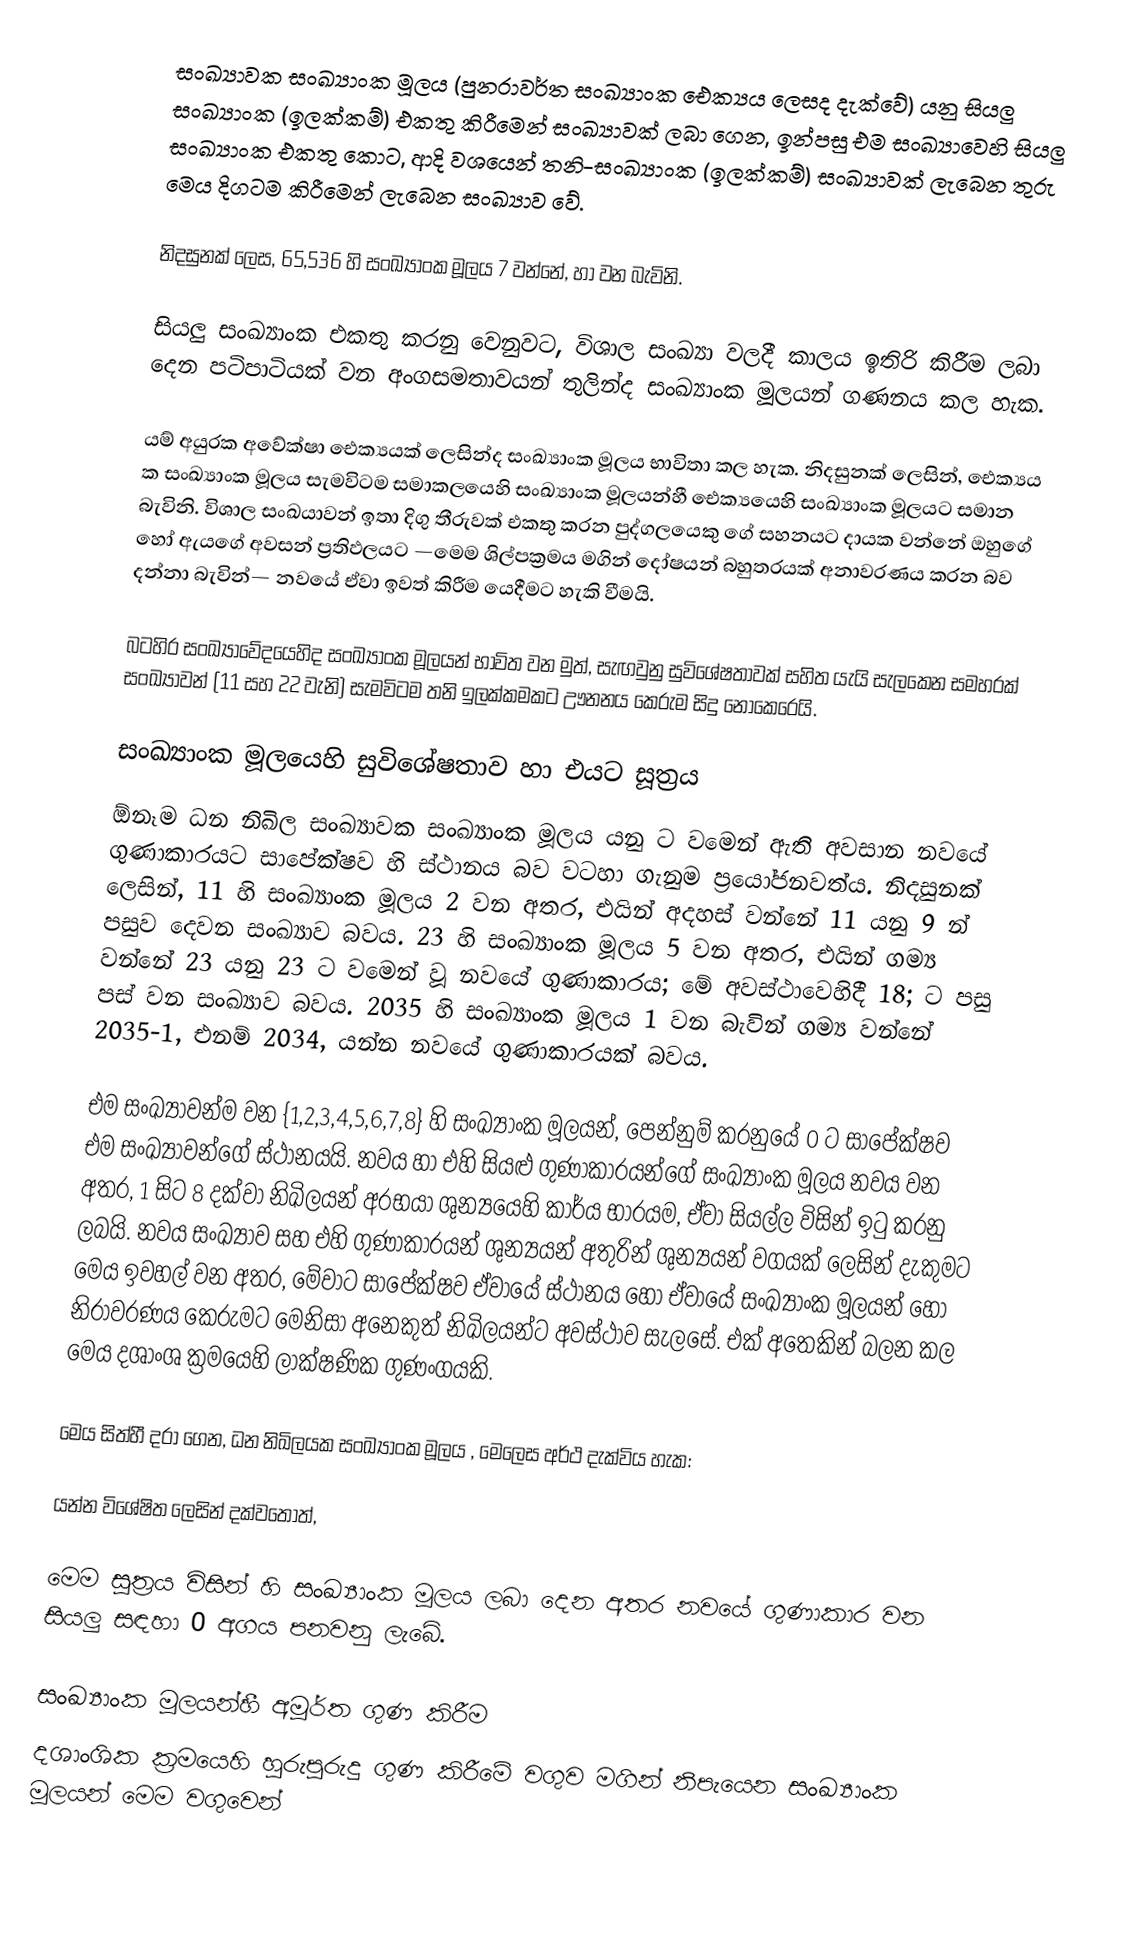
සංඛ්‍යාවක සංඛ්‍යාංක මූලය (පුනරාවර්ත සංඛ්‍යාංක ‍ඓක්‍යය ලෙසද දැක්වේ) යනු සියලු සංඛ්‍යාංක (ඉලක්කම්) එකතු කිරීමෙන් සංඛ්‍යාවක් ලබා ගෙන, ඉන්පසු එම සංඛ්‍යාවෙහි සියලු සංඛ්‍යාංක එකතු කොට, ආදි වශයෙන් තනි-සංඛ්‍යාංක (ඉලක්කම්) සංඛ්‍යාවක් ලැබෙන තුරු මෙය දිගටම කිරීමෙන් ලැබෙන සංඛ්‍යාව වේ.

නිදසුනක් ලෙස, 65,536 හි සංඛ්‍යාංක මූලය 7 වන්නේ,  හා වන බැවිනි.

සියලු සංඛ්‍යාංක එකතු කරනු වෙනුවට, විශාල සංඛ්‍යා වලදී කාලය ඉතිරි කිරීම ලබා දෙන පටිපාටියක් වන අංගසමතාවයන් තුලින්ද සංඛ්‍යාංක මූලයන් ගණනය කල හැක.

යම් අයුරක අවේක්ෂා ඓක්‍යයක් ලෙසින්ද සංඛ්‍යාංක මූලය භාවිතා කල හැක. නිදසුනක් ලෙසින්, ඓක්‍යය ක සංඛ්‍යාංක මූලය සැමවිටම සමාකලයෙහි සංඛ්‍යාංක මූලයන්හී ඓක්‍යයෙහි සංඛ්‍යාංක මූලයට සමාන බැවිනි. විශාල සංඛයාවන් ඉතා දිගු තීරුවක් එකතු කරන පුද්ගලයෙකු ගේ සහනයට දායක වන්නේ ඔහුගේ හෝ ඇයගේ අවසන් ප්‍රතිඵලයට —මෙම ශිල්පක්‍රමය මගින් දෝෂයන් බහුතරයක් අනාවරණය කරන බව දන්නා බැවින්— නවයේ ඒවා ඉවත් කිරීම යෙදීමට හැකි වීමයි.

බටහිර සංඛ්‍යාවේදයෙහිද සංඛ්‍යාංක මූලයන් භාවිත වන මුත්, සැඟවුනු සුවිශේෂතාවක් සහිත යැයි සැලකෙන සමහරක් සංඛ්‍යාවන් (11 සහ 22 වැනි) සැමවිටම තනි ඉලක්කමකට ඌනනය කෙරුම සිදු නොකෙරෙයි.

සංඛ්‍යාංක මූලයෙහි සුවිශේෂතාව හා එයට සූත්‍රය
ඕනෑම  ධන නිඛිල සංඛ්‍යාවක සංඛ්‍යාංක මූලය යනු  ට වමෙන් ඇති අවසාන නවයේ ගුණාකාරයට සාපේක්ෂව  හි ස්ථානය බව වටහා ගැනුම ප්‍රයෝජනවත්ය. නිදසුනක් ලෙසින්, 11 හි සංඛ්‍යාංක මූලය 2 වන අතර, එයින් අදහස් වන්නේ 11 යනු 9 න් පසුව දෙවන සංඛ්‍යාව බවය. 23 හි සංඛ්‍යාංක මූලය 5 වන අතර, එයින් ගම්‍ය වන්නේ 23 යනු 23 ට වමෙන් වූ නවයේ ගුණාකාරය; මේ අවස්ථාවෙහිදී 18; ට පසු පස් වන සංඛ්‍යාව බවය. 2035 හි සංඛ්‍යාංක මූලය 1 වන බැවින් ගම්‍ය වන්නේ 2035-1, එනම් 2034, යන්න නවයේ ගුණාකාරයක් බවය.

එම සංඛ්‍යාවන්ම වන {1,2,3,4,5,6,7,8} හි සංඛ්‍යාංක මූලයන්, පෙන්නුම් කරනුයේ 0 ට සාපේක්ෂව එම සංඛ්‍යාවන්ගේ ස්ථානයයි. නවය හා එහි සියළු ගුණාකාරයන්ගේ සංඛ්‍යාංක මූලය නවය වන අතර, 1 සිට 8 දක්වා නිඛිලයන් අරභයා ශුන්‍යයෙහි කාර්ය භාරයම, ඒවා සියල්ල විසින් ඉටු කරනු ලබයි. නවය සංඛ්‍යාව සහ එහි ගුණාකාරයන් ශුන්‍යයන් අතුරින් ශුන්‍යයන් වගයක් ලෙසින් දැකුමට මෙය ඉවහල් වන අතර, මේවාට සාපේක්ෂව ඒවායේ ස්ථානය හෝ ඒවායේ සංඛ්‍යාංක මූලයන් හෝ නිරාවරණය කෙරුමට මෙනිසා අනෙකුත් නිඛිලයන්ට අවස්ථාව සැලසේ. එක් අතෙකින් බලන කල මෙය දශාංශ ක්‍රමයෙහි ලාක්ෂණික ගුණංගයකි.

මෙය සිත්හී දරා ගෙන,  ධන නිඛිලයක සංඛ්‍යාංක මූලය , මෙලෙස අර්ථ දැක්විය හැක:

යන්න විශේෂිත ලෙසින් දක්වතොත්,

මෙම සූත්‍රය විසින්  හි සංඛ්‍යාංක මූලය ලබා දෙන අතර නවයේ ගුණාකාර වන සියලු  සඳහා 0 අගය පනවනු ලැබේ.

සංඛ්‍යාංක මූලයන්හී අමූර්ත ගුණ කිරීම
දශාංශික ක්‍රමයෙහි හුරුපුරුදු ගුණ කිරීමේ වගුව මගින් නිපැයෙන සංඛ්‍යාංක මූලයන් මෙම වගුවෙන්